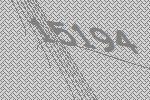
15194